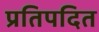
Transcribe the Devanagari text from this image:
प्रतिपदित